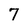
Character: 7